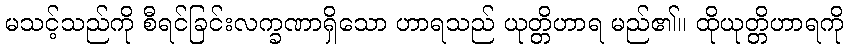
မသင့်သည်ကို စီရင်ခြင်းလက္ခဏာရှိသော ဟာရသည် ယုတ္တိဟာရ မည်၏။ ထိုယုတ္တိဟာရကို